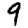
Digit: 9